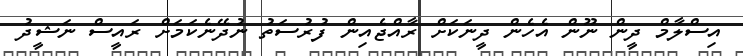
އިސްލާމް ދީން ނޫން އެހެން ދީނަކަށް ރާއްޖެއިން ފުރުސަތު ނުދޭނެކަމަށް ރައީސް ނަޝީދު